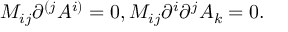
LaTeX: M _ { i j } \partial ^ { ( j } A ^ { i ) } = 0 , M _ { i j } \partial ^ { i } \partial ^ { j } A _ { k } = 0 .